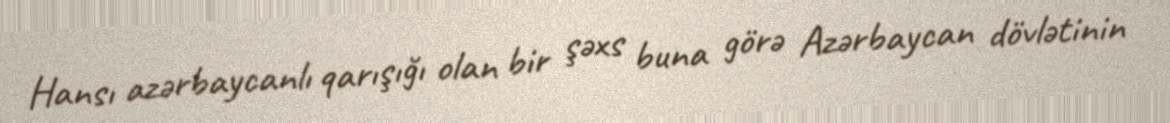
Hansı azərbaycanlı qarışığı olan bir şəxs buna görə Azərbaycan dövlətinin